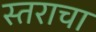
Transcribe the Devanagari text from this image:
स्तराचा